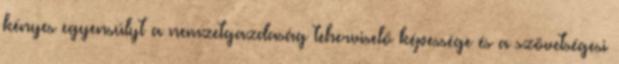
kényes egyensúlyt a nemzetgazdaság teherviselő képessége és a szövetségesi